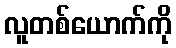
လူတစ်ယောက်ကို